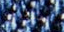
لنعمل